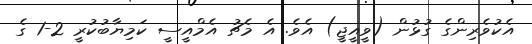
އެކުވެރިންގެ ގުޅުން (ވީއީޖީ) އެވެ. އެ މެޗު އެމްއީސީ ކަމިޔާބުކުރީ 2-1 ގެ